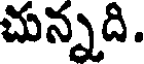
చున్నది.